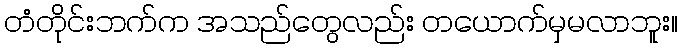
တံတိုင်းဘက်က အသည်တွေလည်း တယောက်မှမလာဘူး။